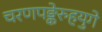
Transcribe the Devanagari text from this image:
चरणपङ्केरुहयुगे